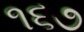
૧૬૭